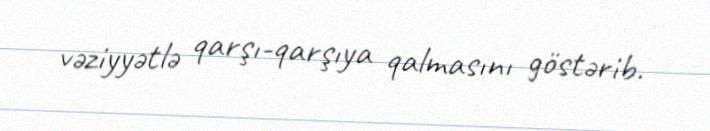
vəziyyətlə qarşı-qarşıya qalmasını göstərib.